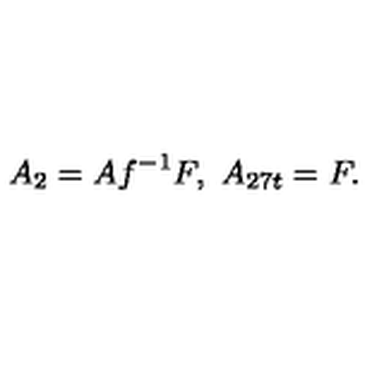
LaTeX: A _ { 2 } = A f ^ { - 1 } F , \ A _ { 2 7 t } = F .